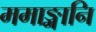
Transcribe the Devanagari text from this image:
ममाङ्गानि